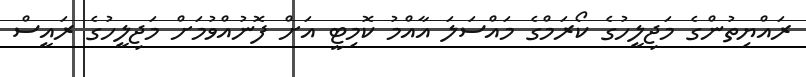
ރައްޔިތުންގެ މަޖިލީހުގެ ކޯރަމްގެ މައްސަލަ އާއްމު ކޮމިޓީ އަށް ފޮނުއްވުމަށް މަޖިލީހުގެ ރައީސް